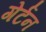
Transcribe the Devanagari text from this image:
गेर्टन